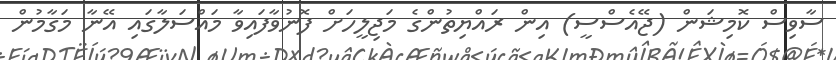
ސާވިސް ކޮމިޝަން (ޖޭއެސްސީ) އިން ރައްޔިތުންގެ މަޖިލީހަށް ފޮނުވާފައިވާ މައްސަލާގައި އޭނާ މަގާމުން